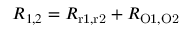
R _ { 1 , 2 } = R _ { \mathrm { r 1 , r 2 } } + R _ { \mathrm { O 1 , O 2 } }